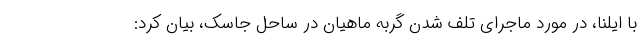
با ایلنا، در مورد ماجرای تلف شدن گربه ماهیان در ساحل جاسک، بیان کرد: